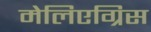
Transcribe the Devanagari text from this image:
मेलिएग्रिस